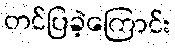
တင်ပြခဲ့ကြောင်း